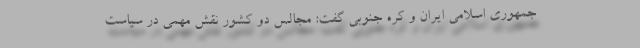
جمهوری اسلامی ایران و کره جنوبی گفت: مجالس دو کشور نقش مهمی در سیاست